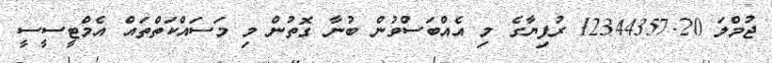
ޖުމްލަ 12344357.20 ރުފިޔާގެ މި އެއްބަސްވުން ބުނާ ގޮތުން މި މަސައްކަތްތައް އެމްޓީސީސީ